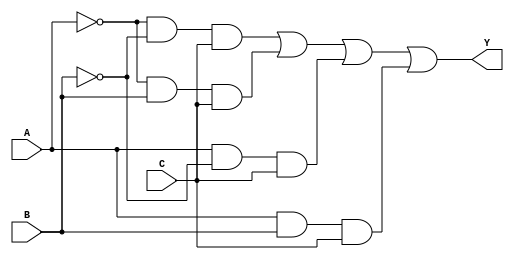
module kmap_3var (
    input wire A,   // First input variable
    input wire B,   // Second input variable
    input wire C,   // Third input variable
    output wire Y   // Output variable
);

// Combinational logic for the K-map
assign Y = (~A & ~B & C) | (~A & B & C) | (A & ~B & C) | (A & B & C);

endmodule